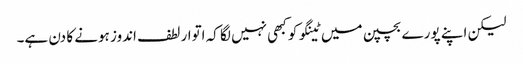
لیکن اپنے پورے بچپن میں ٹینگو کو کبھی نہیں لگا کہ اتوار لطف اندوز ہونے کا دن ہے۔